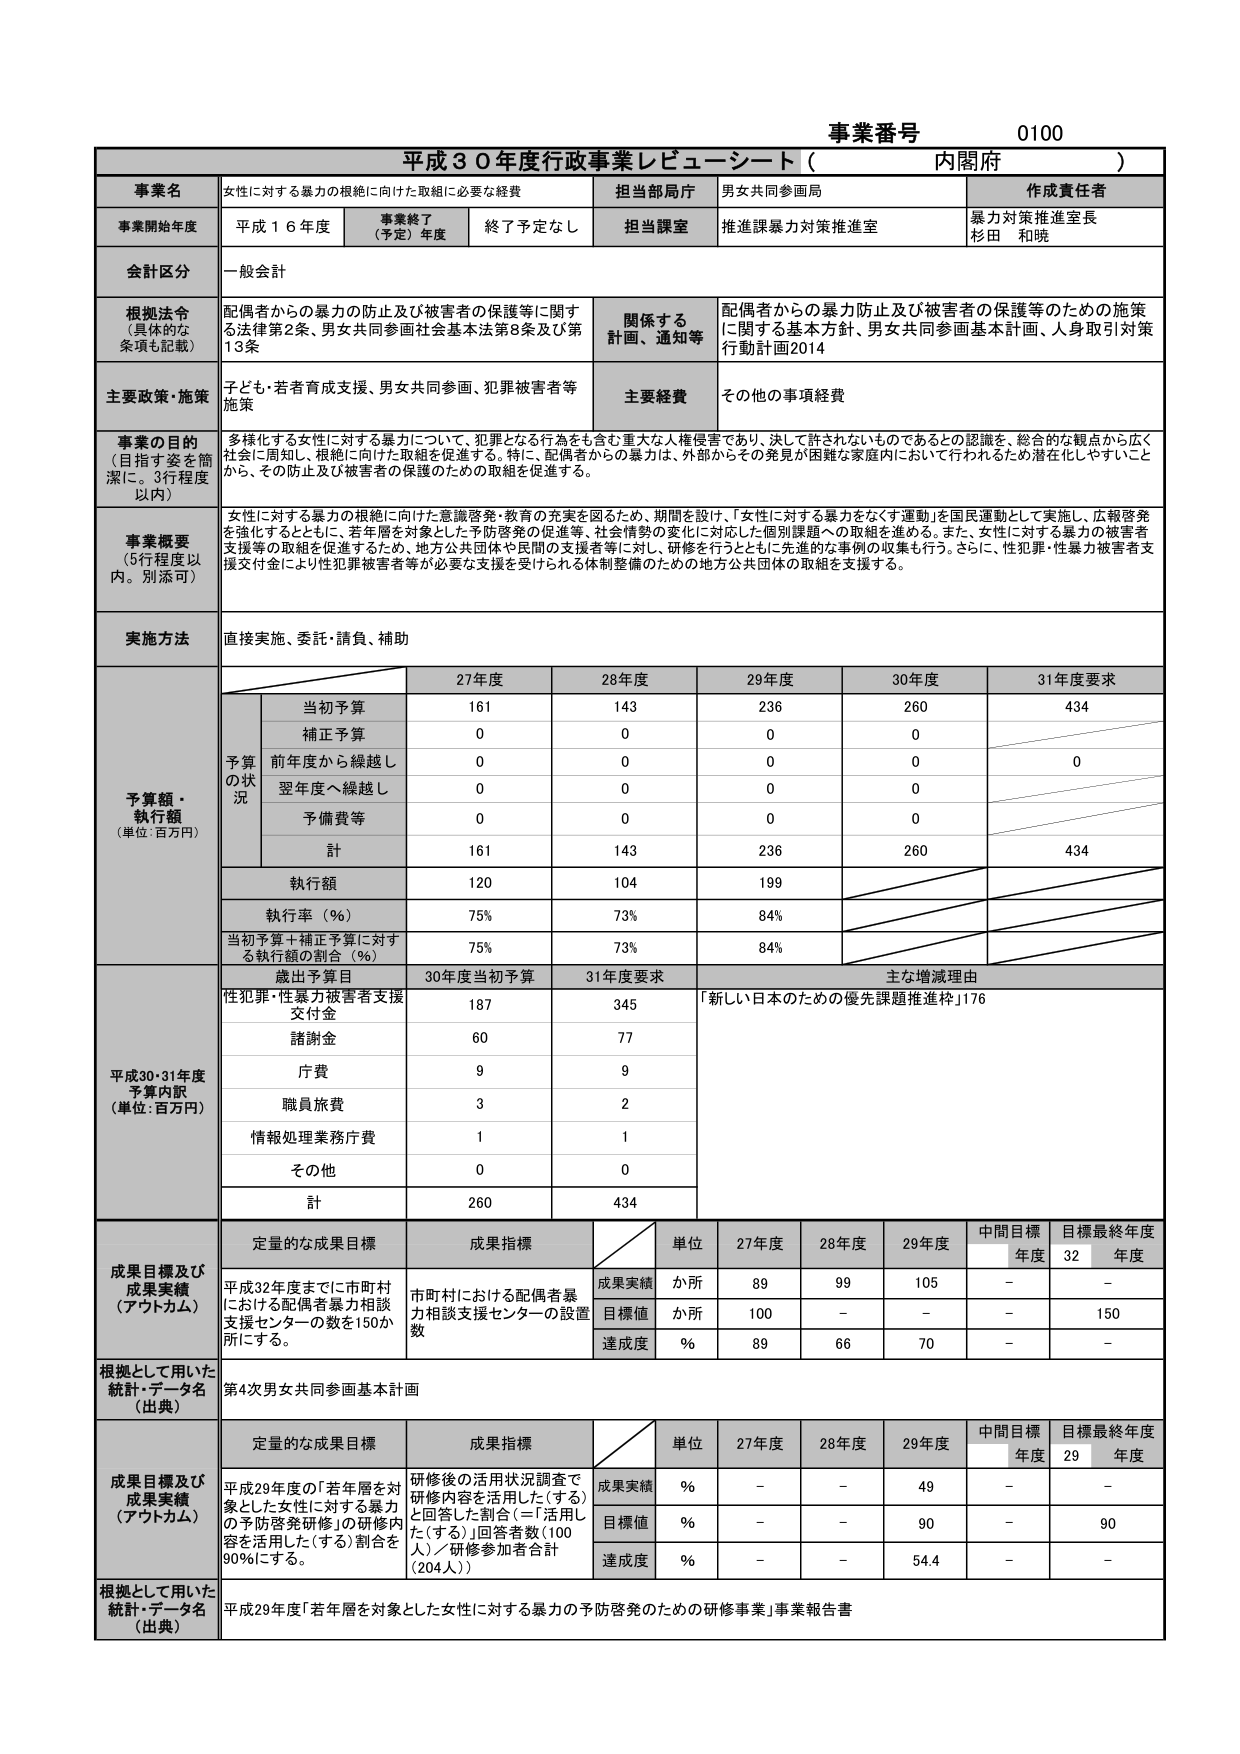
事業番号 0100
平成30年度行政事業レビューシート（内閣府）

事業名 女性に対する暴力の根絶に向けた取組に必要な経費
担当部局庁 男女共同参画局
作成責任者 暴力対策推進室長 杉田 和暁

事業開始年度 平成16年度
事業終了（予定）年度 終了予定なし
担当課室 推進課暴力対策推進室

会計区分 一般会計

根拠法令（具体的な条項も記載） 配偶者からの暴力の防止及び被害者の保護等に関する法律第2条、男女共同参画社会基本法第8条及び第13条
関係する計画、通知等 配偶者からの暴力防止及び被害者の保護等のための施策に関する基本方針、男女共同参画基本計画、人身取引対策行動計画2014

主要政策・施策 子ども・若者育成支援、男女共同参画、犯罪被害者等施策
主要経費 その他の事項経費

事業の目的（目指す姿を簡潔に。3行程度以内） 多様化する女性に対する暴力について、犯罪となる行為をも含む重大な人権侵害であり、決して許されないものであるとの認識を、総合的な観点から広く社会に周知し、根絶に向けた取組を促進する。特に、配偶者からの暴力は、外部からその発見が困難な家庭内において行われるため潜在化しやすいことから、その防止及び被害者の保護のための取組を促進する。

事業概要（5行程度以内。別添可） 女性に対する暴力の根絶に向けた意識啓発・教育の充実を図るため、期間を設け、「女性に対する暴力をなくす運動」を国民運動として実施し、広報啓発を強化するとともに、若年層を対象とした予防啓発の促進等、社会情勢の変化に対応した個別課題への取組を進める。また、女性に対する暴力の被害者支援等の取組を促進するため、地方公共団体や民間の支援者等に対し、研修を行うとともに先進的な事例の収集も行う。さらに、性犯罪・性暴力被害者支援交付金により性犯罪被害者等が必要な支援を受けられる体制整備のための地方公共団体の取組を支援する。

実施方法 直接実施、委託・請負、補助

予算額・執行額（単位：百万円）
27年度 28年度 29年度 30年度 31年度要求
当初予算 161 143 236 260 434
補正予算 0 0 0 0
前年度から繰越し 0 0 0 0 0
翌年度へ繰越し 0 0 0 0
予備費等 0 0 0 0
計 161 143 236 260 434
執行額 120 104 199
執行率（％） 75% 73% 84%
当初予算＋補正予算に対する執行額の割合（％） 75% 73% 84%

平成30・31年度予算内訳（単位：百万円）
歳出予算目 30年度当初予算 31年度要求 主な増減理由
性犯罪・性暴力被害者支援交付金 187 345 「新しい日本のための優先課題推進枠」176
諸謝金 60 77
庁費 9 9
職員旅費 3 2
情報処理業務庁費 1 1
その他 0 0
計 260 434

成果目標及び成果実績（アウトカム）
定量的な成果目標 成果指標 単位 27年度 28年度 29年度 中間目標年度 目標最終年度32年度
平成32年度までに市町村における配偶者暴力相談支援センターの数を150か所にする。 市町村における配偶者暴力相談支援センターの設置数 成果実績 か所 89 99 105 - -
目標値 か所 100 - - - 150
達成度 ％ 89 66 70 - -

根拠として用いた統計・データ名（出典） 第4次男女共同参画基本計画

成果目標及び成果実績（アウトカム）
定量的な成果目標 成果指標 単位 27年度 28年度 29年度 中間目標年度 目標最終年度29年度
平成29年度の「若年層を対象とした女性に対する暴力の予防啓発研修」の研修内容を活用した（する）割合を90％にする。 研修後の活用状況調査で研修内容を活用した（する）と回答した割合（＝「活用した（する）」回答者数（100人）／研修参加者合計（204人）） 成果実績 ％ - - 49 - -
目標値 ％ - - 90 - 90
達成度 ％ - - 54.4 - -

根拠として用いた統計・データ名（出典） 平成29年度「若年層を対象とした女性に対する暴力の予防啓発のための研修事業」事業報告書